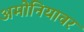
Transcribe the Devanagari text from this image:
अमोनियावर